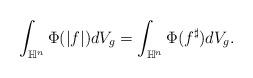
LaTeX: \begin{align*}\int_{\mathbb H^n} \Phi(|f|) dV_g = \int_{\mathbb H^n} \Phi(f^\sharp) dV_g.\end{align*}